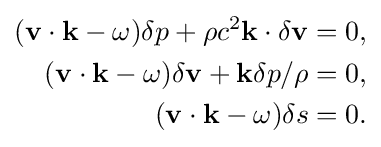
{\begin{aligned}(\mathbf {v} \cdot \mathbf {k} -\omega )\delta p+\rho c^{2}\mathbf {k} \cdot \delta \mathbf {v} &=0,\\(\mathbf {v} \cdot \mathbf {k} -\omega )\delta \mathbf {v} +\mathbf {k} \delta p/\rho &=0,\\(\mathbf {v} \cdot \mathbf {k} -\omega )\delta s&=0.\end{aligned}}